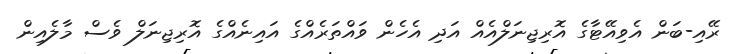
ރޭއި-ބަން އެވިއޭޓާގެ އޮރިޖިނަލްއެއް އަދި އެހެން ވައްތަރެއްގެ އައިނެއްގެ އޮރިޖިނަލް ވެސް މާލެއިން